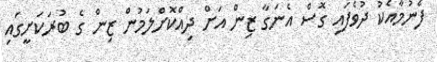
ފެނުމާއެކު ދުވެފައި ގޮސް އެނަގާ ޒިން އަށް ދިއްކޮށްލަމުން ޒިން ގެ ބުރަކަށީގައި